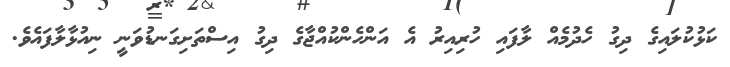
ކަޅުކުލައިގެ ދިގު ހެދުމެއް ލާފައި ހުރިއިރު އެ އަންހެންކުއްޖާގެ ދިގު އިސްތަށިގަނޑުވަނީ ނިއުޅާލާފައެވެ.